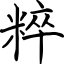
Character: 粹